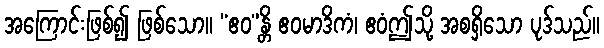
အကြောင်းဖြစ်၍ ဖြစ်သော။ “ဧဝ”န္တိ ဧဝမာဒိကံ၊ ဧဝံဤသို့ အစရှိသော ပုဒ်သည်။